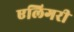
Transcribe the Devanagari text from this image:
एलिगरी